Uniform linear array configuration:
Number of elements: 12
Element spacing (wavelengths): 0.75
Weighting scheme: uniform
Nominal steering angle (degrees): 45
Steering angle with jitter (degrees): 45.124
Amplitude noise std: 0.05
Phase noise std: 0.05

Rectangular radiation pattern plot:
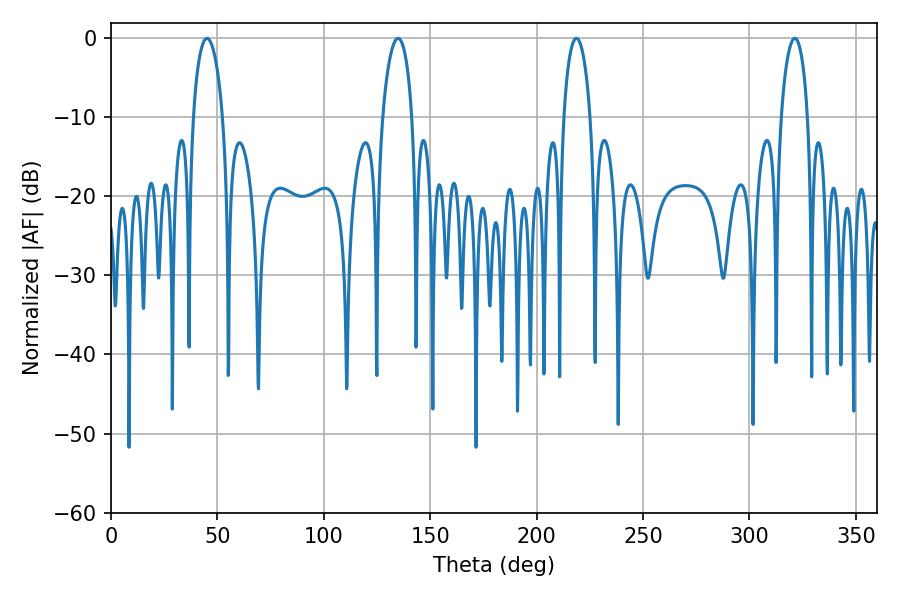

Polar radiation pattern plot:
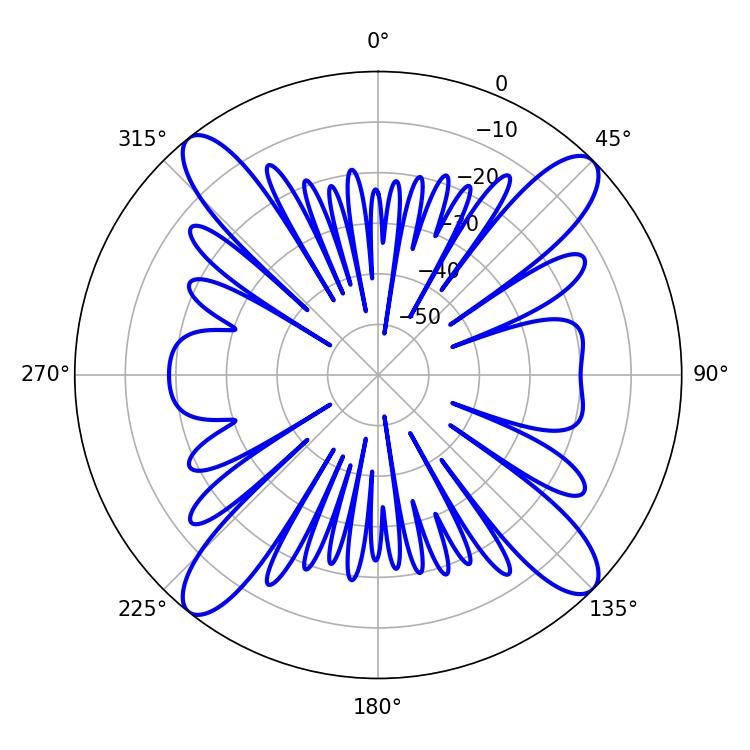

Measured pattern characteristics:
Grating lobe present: TRUE
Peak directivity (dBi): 16.559
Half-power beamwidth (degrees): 7.02
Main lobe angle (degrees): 218.7